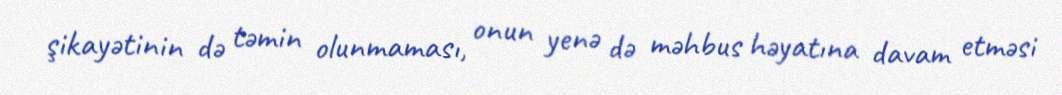
şikayətinin də təmin olunmaması, onun yenə də məhbus həyatına davam etməsi